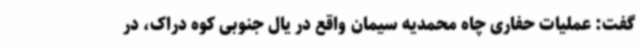
گفت: عملیات حفاری چاه محمدیه سیمان واقع در یال جنوبی کوه دراک، در